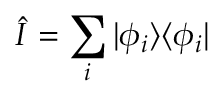
{ \hat { I } } = \sum _ { i } | \phi _ { i } \rangle \langle \phi _ { i } |